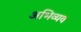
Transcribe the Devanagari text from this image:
अभिव्यव